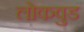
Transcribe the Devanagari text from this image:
लोकवुड